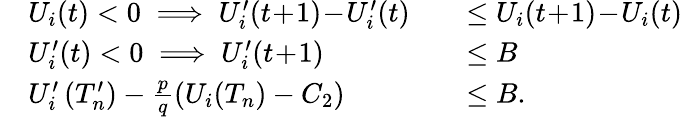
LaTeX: \begin{array}{rlrl}&{U_{i}(t)<0\implies U_{i}^{\prime}(t\! +\! 1)\! -\! U_{i}^{\prime}(t)}&&{\le U_{i}(t\! +\! 1)\! -\! U_{i}(t)}\\ &{U_{i}^{\prime}(t)<0\implies U_{i}^{\prime}(t\! +\! 1)}&&{\le B}\\ &{U_{i}^{\prime}\left(T_{n}^{\prime}\right)-\frac{p}{q}\left(U_{i}(T_{n})-C_{2}\right)}&&{\le B.}\end{array}